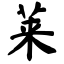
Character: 莱